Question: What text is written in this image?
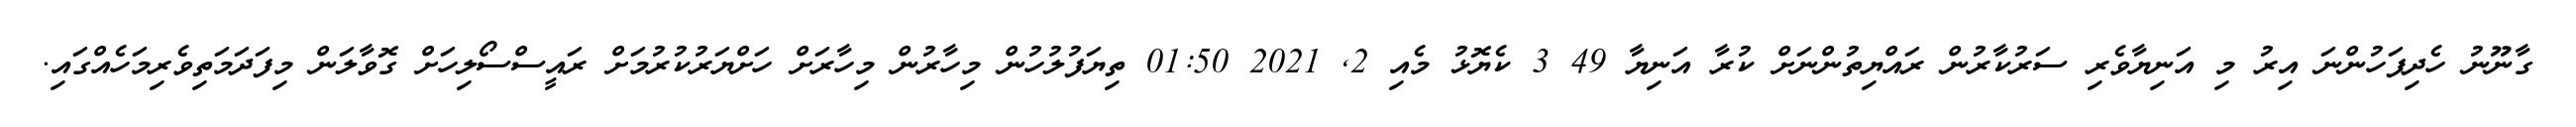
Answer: ގާނޫނު ހެދިފަހުންނަ އިރު މި އަނިޔާވެރި ސަރުކާރުން ރައްޔިތުންނަށް ކުރާ އަނިޔާ 49 3 ކެޔޮޅު މެއި 2, 2021 01:50 ތިޔަފުލުހުން މިހާރުން މިހާރަށް ހަށްޔަރުކުރުމަށް ރައީސްސޯލިހަށް ގޮވާލަން މިފަދަމަތިވެރިމަހެއްގައި.